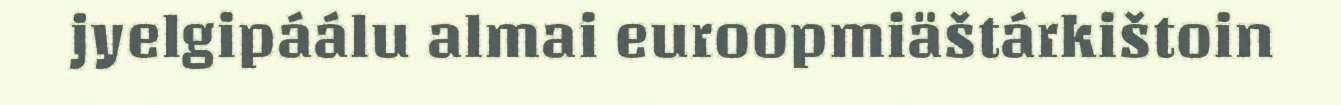
jyelgipáálu almai euroopmiäštárkištoin